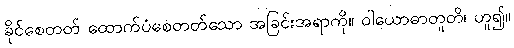
ခိုင်စေတတ် ထောက်ပံစေတတ်သော အခြင်းအရာကို။ ဝါယောဓာတူတိ၊ ဟူ၍။